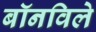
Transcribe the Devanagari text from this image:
बॉनविले